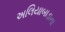
અલિયાબાડાના